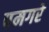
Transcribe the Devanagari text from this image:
पमगरे